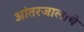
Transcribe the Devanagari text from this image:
आंतरजालाचे